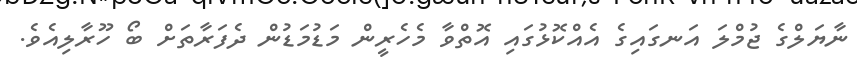
ނާޔަލްގެ ޖުމްލަ އަނގައިގެ އެއްކޮޅުގައި އޮތްވާ މެހެރީން މަޑުމަޑުން ދެފަރާތަށް ބޯ ހޫރާލިއެވެ.